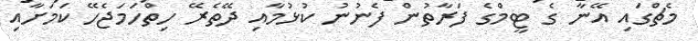
މެޗްގައި އޭނާ ގެ ޓީމްގެ ފަރާތުން ފެނުނު ކުޅުމާއި ދޭތެރޭ ހިތްހަމަޖެހޭ ކަމަށާއި